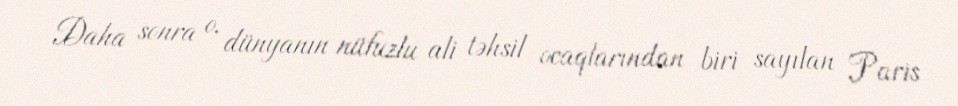
Daha sonra o, dünyanın nüfuzlu ali təhsil ocaqlarından biri sayılan Paris